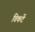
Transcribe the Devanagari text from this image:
विकटें